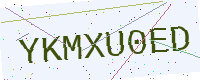
Text: YKMXU0ED